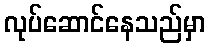
လုပ်ဆောင်နေသည်မှာ